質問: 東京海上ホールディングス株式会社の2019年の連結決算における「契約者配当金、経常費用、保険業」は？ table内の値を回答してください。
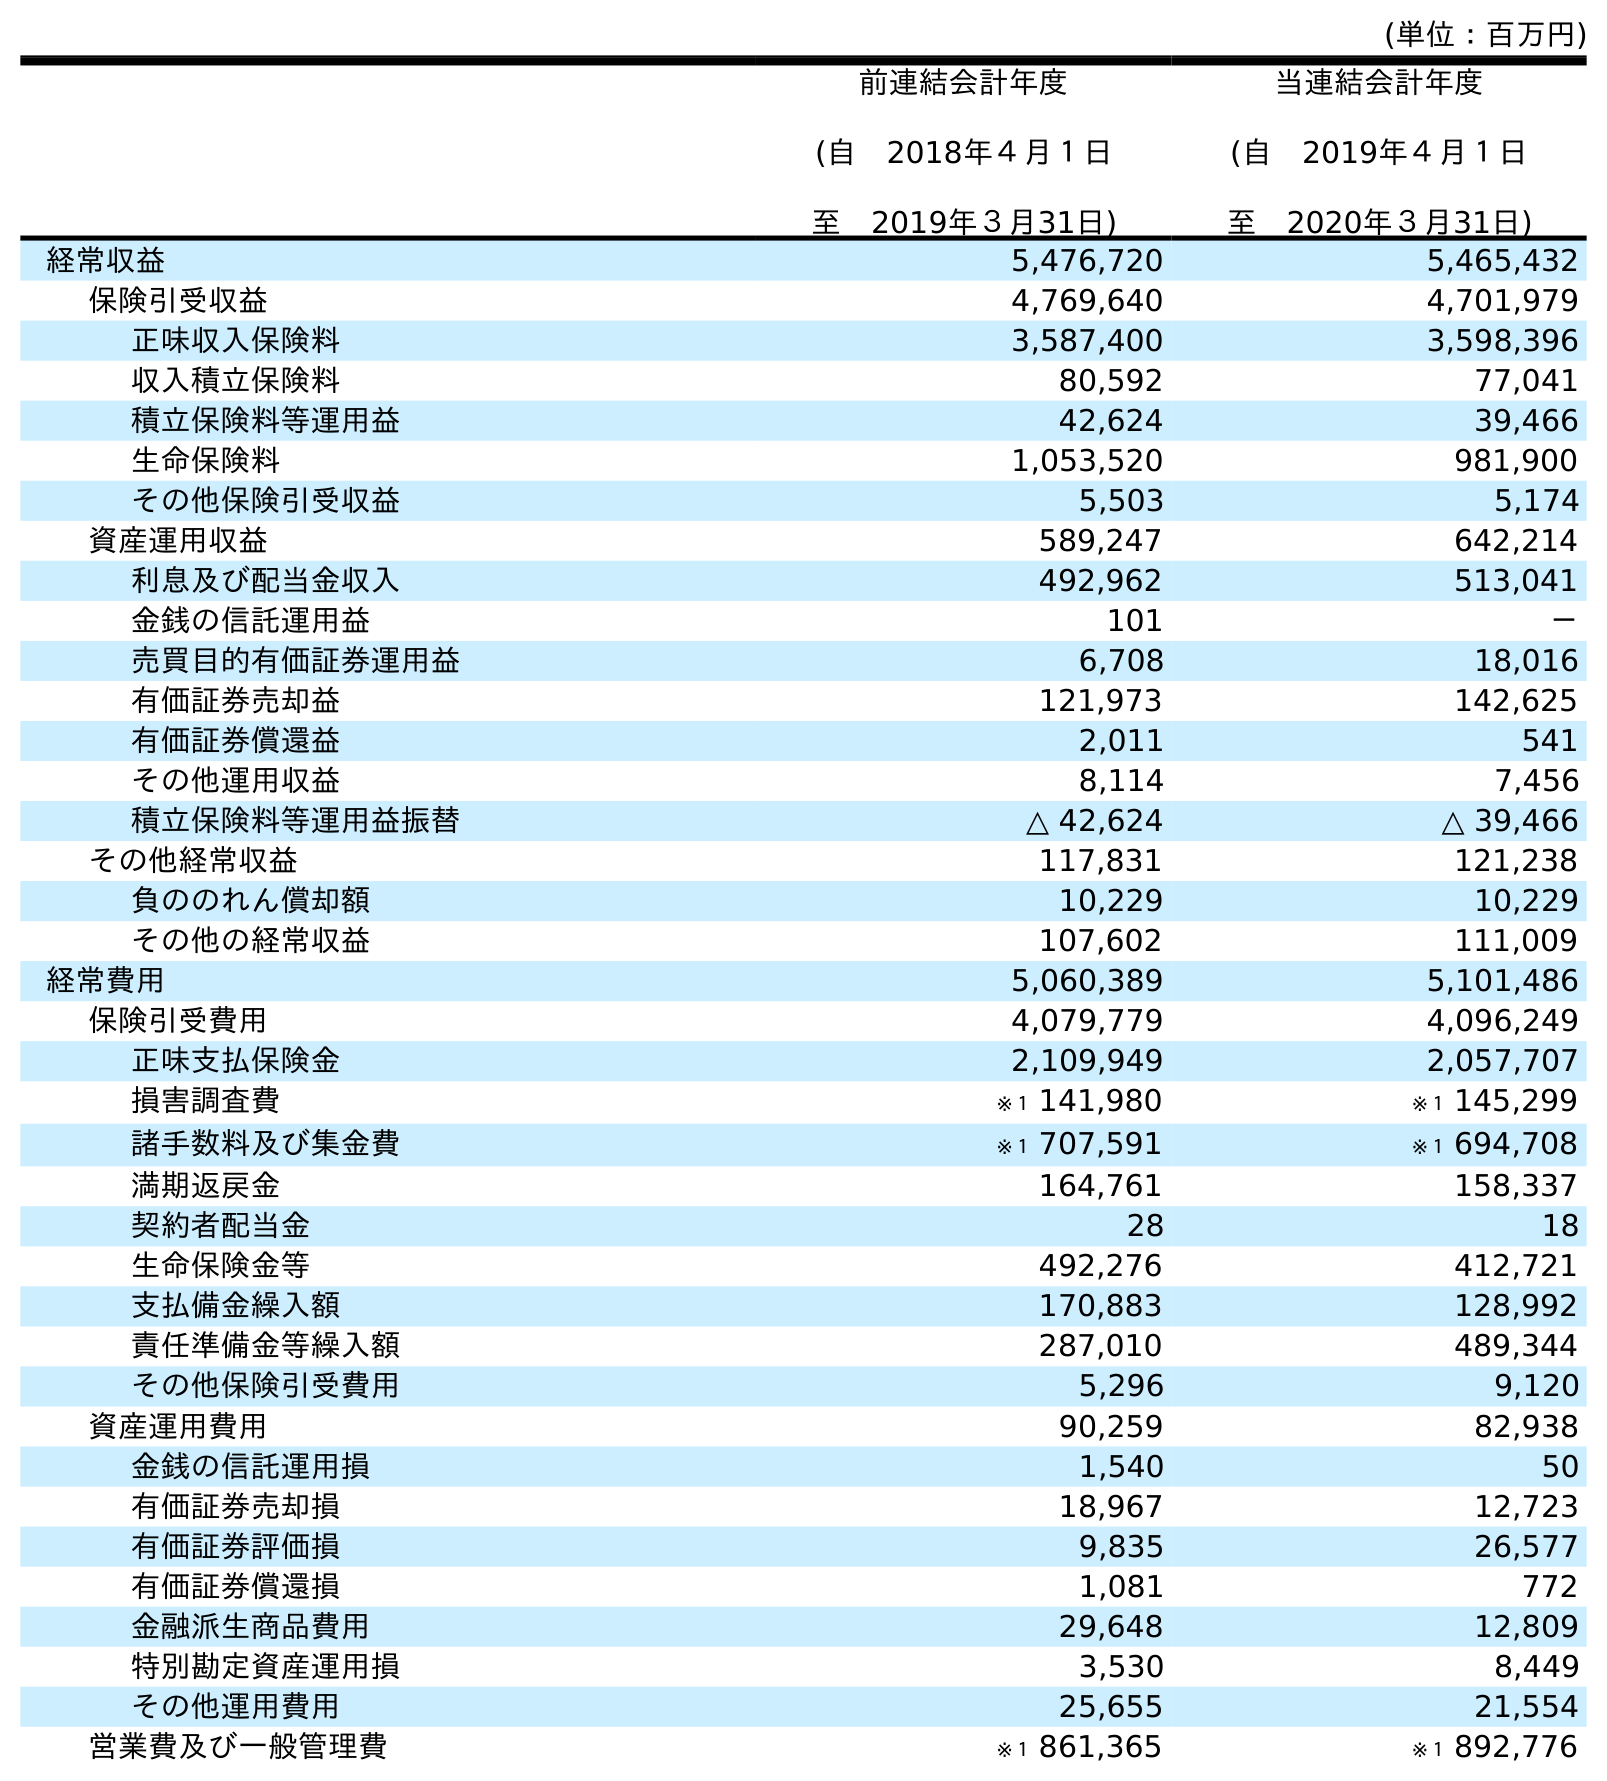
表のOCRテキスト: (単位：百万円) 前連結会計年度 (自 2018年４月１日 至 2019年３月31日) 当連結会計年度 (自 2019年４月１日 至 2020年３月31日) 経常収益 5,476,720 5,465,432 保険引受収益 4,769,640 4,701,979 正味収入保険料 3,587,400 3,598,396 収入積立保険料 80,592 77,041 積立保険料等運用益 42,624 39,466 生命保険料 1,053,520 981,900 その他保険引受収益 5,503 5,174 資産運用収益 589,247 642,214 利息及び配当金収入 492,962 513,041 金銭の信託運用益 101 － 売買目的有価証券運用益 6,708 18,016 有価証券売却益 121,973 142,625 有価証券償還益 2,011 541 その他運用収益 8,114 7,456 積立保険料等運用益振替 △ 42,624 △ 39,466 その他経常収益 117,831 121,238 負ののれん償却額 10,229 10,229 その他の経常収益 107,602 111,009 経常費用 5,060,389 5,101,486 保険引受費用 4,079,779 4,096,249 正味支払保険金 2,109,949 2,057,707 損害調査費 ※１ 141,980 ※１ 145,299 諸手数料及び集金費 ※１ 707,591 ※１ 694,708 満期返戻金 164,761 158,337 契約者配当金 28 18 生命保険金等 492,276 412,721 支払備金繰入額 170,883 128,992 責任準備金等繰入額 287,010 489,344 その他保険引受費用 5,296 9,120 資産運用費用 90,259 82,938 金銭の信託運用損 1,540 50 有価証券売却損 18,967 12,723 有価証券評価損 9,835 26,577 有価証券償還損 1,081 772 金融派生商品費用 29,648 12,809 特別勘定資産運用損 3,530 8,449 その他運用費用 25,655 21,554 営業費及び一般管理費 ※１ 861,365 ※１ 892,776
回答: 28